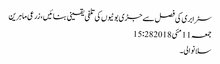
سٹرابری کی فصل سے جڑی بوٹیوں کی تلفی یقینی بنائیں،زرعی ماہرین
جمعہ 11 مئی 2018 15:28
سلانوالی۔